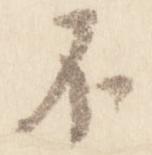
不